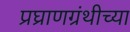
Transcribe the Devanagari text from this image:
प्रघ्राणग्रंथीच्या